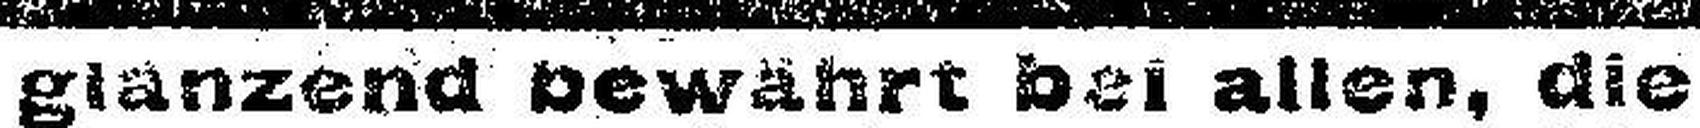
glanzend bewährt bei allen, die